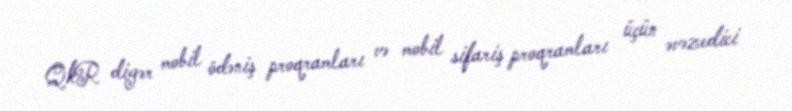
QkR digər mobil ödəniş proqramları və mobil sifariş proqramları üçün əvəzedici